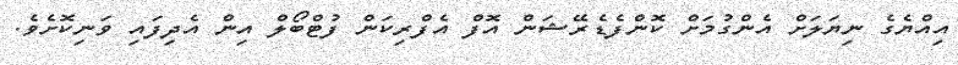
އިއްޔެގެ ނިޔަލަށް އެންގުމަށް ކޮންފެޑެރޭޝަން އޮފް އެފްރިކަން ފުޓްބޯލް އިން އެދިފައި ވަނިކޮށެވެ.